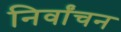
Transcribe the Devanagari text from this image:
निर्वांचन